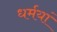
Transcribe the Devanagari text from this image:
धर्मयां